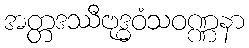
အတ္တဒဿီဗုဒ္ဓဝံသဝဏ္ဏနာ